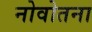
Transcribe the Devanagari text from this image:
नोवोतना